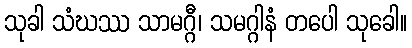
သုခါ သံဃဿ သာမဂ္ဂီ၊ သမဂ္ဂါနံ တပေါ သုခေါ။